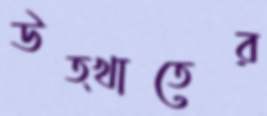
উত্খাতের